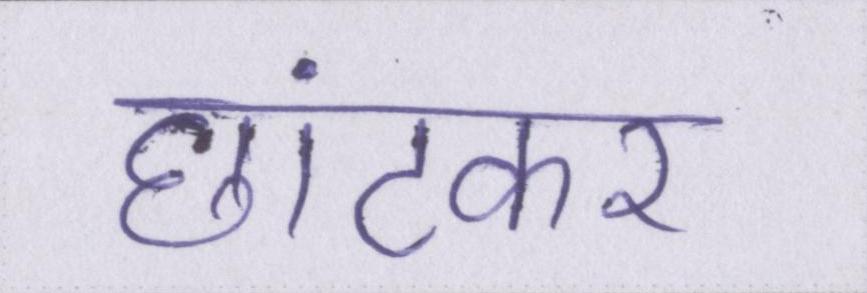
छांटकर